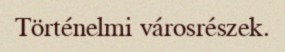
Történelmi városrészek.